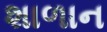
શાળાન